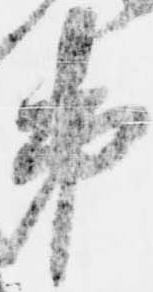
第